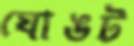
ঘোঙট